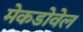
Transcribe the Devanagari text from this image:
मेकडोवेल